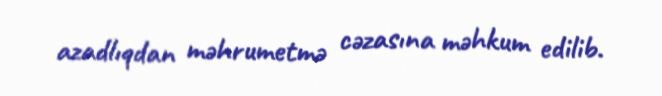
azadlıqdan məhrumetmə cəzasına məhkum edilib.